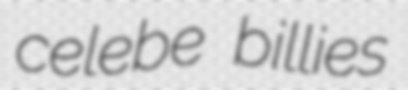
celebe billies